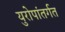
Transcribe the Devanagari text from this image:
युरोपांतर्गत